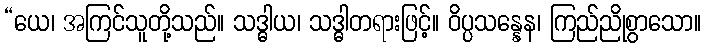
“ယေ၊ အကြင်သူတို့သည်။ သဒ္ဓါယ၊ သဒ္ဓါတရားဖြင့်။ ဝိပ္ပသန္နေန၊ ကြည်ညိုစွာသော။